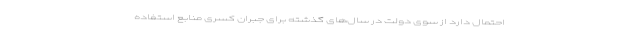
احتمال دارد از سوی دولت در سال‌های گذشته برای جبران کسری منابع استفاده